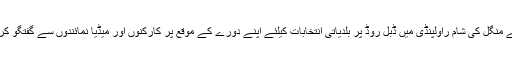
یہ بات انہوں نے منگل کی شام راولپنڈی میں ڈبل روڈ پر بلدیاتی انتخابات کیلئے اپنے دورے کے موقع پر کارکنوں اور میڈیا نمائندوں سے گفتگو کرتے ہوئے کہی۔